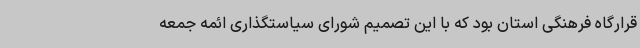
قرارگاه فرهنگی استان بود که با این تصمیم شورای سیاستگذاری ائمه جمعه